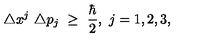
\triangle x ^ { j } \ \triangle p _ { j } \ \geq \ \frac { \hbar } { 2 } , \ j = 1 , 2 , 3 ,